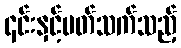
၎င်းနှင့်ပတ်သက်သည့်